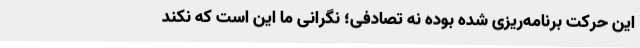
این حرکت برنامه‌ریزی شده بوده نه تصادفی؛ نگرانی ما این است که نکند